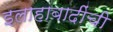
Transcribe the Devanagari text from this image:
इलाहाबादींची